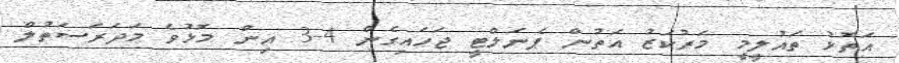
އަތޮޅު ތައުލީމީ މަރުކަޒު އަތުން ޕެނަލްޓީ ޖަހައިގެން 4-3 އިން މޮޅުވެ މަދަރަސަތުލް